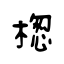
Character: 楤